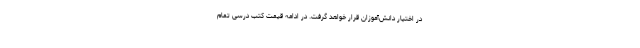
در اختیار دانش‌آموزان قرار خواهد گرفت. در ادامه قیمت کتب درسی تمام